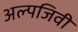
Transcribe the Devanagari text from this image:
अल्पजिवी